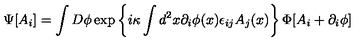
\Psi [ A _ { i } ] = \int D \phi \exp \left\{ i \kappa \int d ^ { 2 } x \partial _ { i } \phi ( x ) \epsilon _ { i j } A _ { j } ( x ) \right\} \Phi [ A _ { i } + \partial _ { i } \phi ]